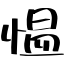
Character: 愠